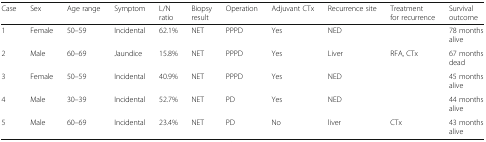
| Case | Sex | Age range | Symptom | L/Nratio | Biopsyresult | Operation | Adjuvant CTx | Recurrence site | Treatmentfor recurrence | Survival outcome |
 | --- | --- | --- | --- | --- | --- | --- | --- | --- | --- | --- |
 | 1 | Female | 50–59 | Incidental | 62.1% | NET | PPPD | Yes | NED |  | 78 monthsalive |
 | 2 | Male | 60–69 | Jaundice | 15.8% | NET | PPPD | Yes | Liver | RFA, CTx | 67 monthsdead |
 | 3 | Female | 50–59 | Incidental | 40.9% | NET | PPPD | Yes | NED |  | 45 monthsalive |
 | 4 | Male | 30–39 | Incidental | 52.7% | NET | PD | Yes | NED |  | 44 monthsalive |
 | 5 | Male | 60–69 | Incidental | 23.4% | NET | PD | No | liver | CTx | 43 monthsalive |